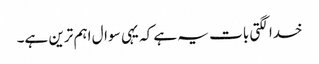
خدا لگتی بات یہ ہے کہ یہی سوال اہم ترین ہے۔